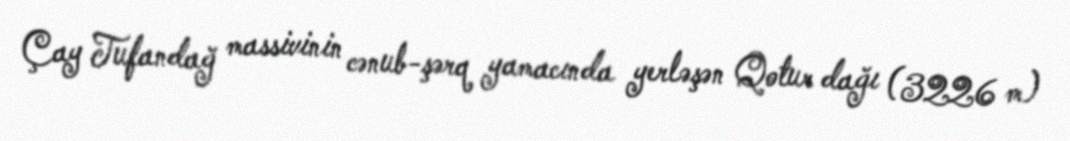
Çay Tufandağ massivinin cənub-şərq yamacında yerləşən Qotur dağı (3226 m)